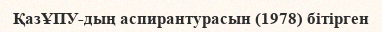
ҚазҰПУ-дың аспирантурасын (1978) бітірген